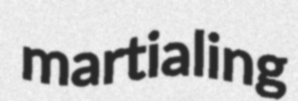
martialing